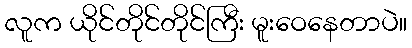
လူက ယိုင်တိုင်တိုင်ကြီး မူးဝေနေတာပဲ။